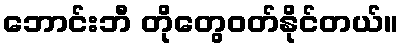
ဘောင်းဘီ တိုတွေဝတ်နိုင်တယ်။